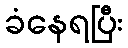
ခံနေရပြီး